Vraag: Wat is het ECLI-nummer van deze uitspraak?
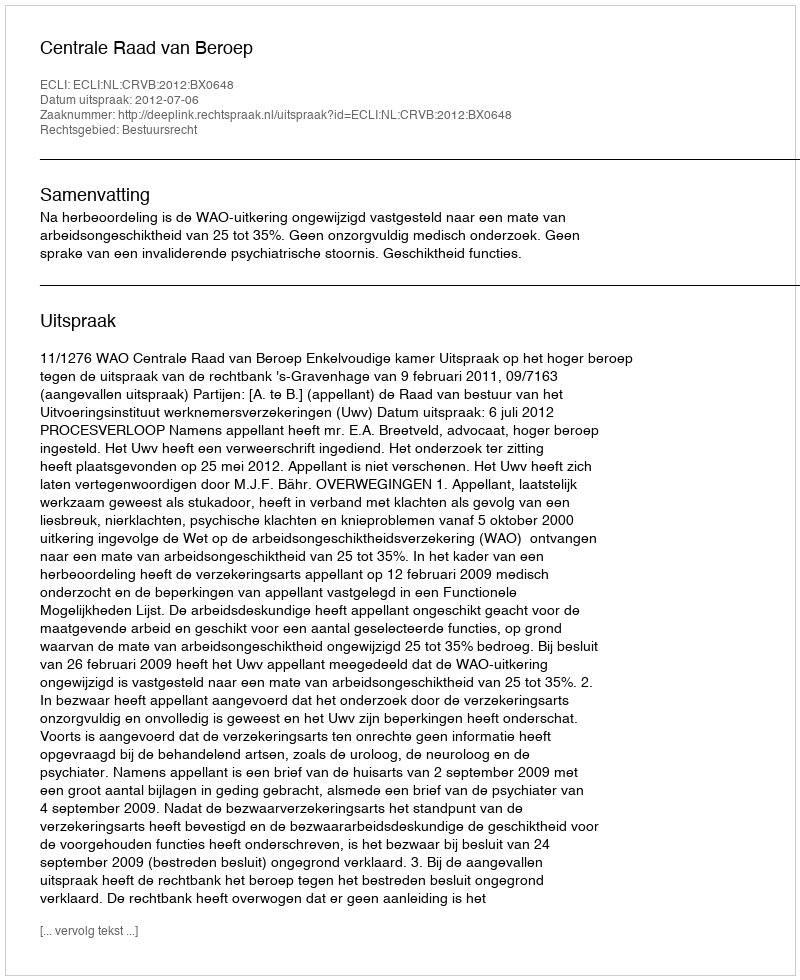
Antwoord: ECLI:NL:CRVB:2012:BX0648